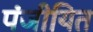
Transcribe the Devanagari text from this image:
पंजीयित